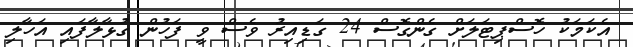
އެކަމަކު ހޮސްޕިޓަލަށް ގެންގޮސް 24 ގަޑިއިރު ވެސް ވީ ފަހުން ގުޅާލާފައި އަހާލި